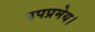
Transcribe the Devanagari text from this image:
उपप्रमेय।